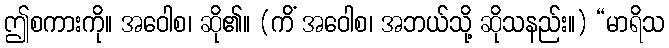
ဤစကားကို။ အဝေါစ၊ ဆို၏။ (ကိံ အဝေါစ၊ အဘယ်သို့ ဆိုသနည်း။) “မာရိသ